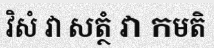
វិសំ វា សត្ថំ វា កមតិ